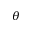
\theta